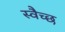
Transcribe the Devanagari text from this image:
स्वैच्छ